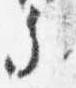
参